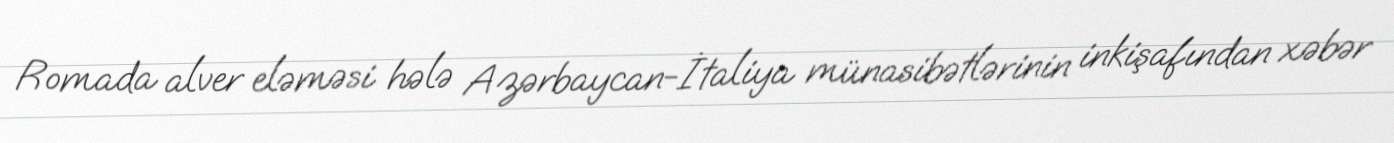
Romada alver eləməsi hələ Azərbaycan-İtaliya münasibətlərinin inkişafından xəbər